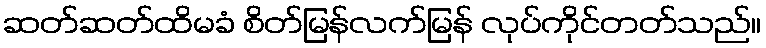
ဆတ်ဆတ်ထိမခံ စိတ်မြန်လက်မြန် လုပ်ကိုင်တတ်သည်။